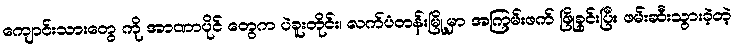
ကျောင်းသားတွေ ကို အာဏာပိုင် တွေက ပဲခူးတိုင်း၊ လက်ပံတန်းမြို့မှာ အကြမ်းဖက် ဖြိုခွင်းပြီး ဖမ်းဆီးသွားခဲ့တဲ့